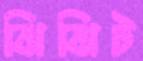
ঝিঝিট